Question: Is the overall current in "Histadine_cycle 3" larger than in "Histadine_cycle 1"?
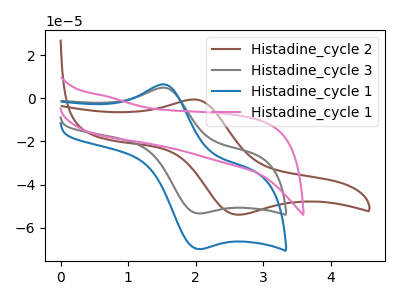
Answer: <think>The brown curve "Histadine_cycle 2" has an anodic peak at (2.00V, -0.50uA) and a cathodic peak at (2.60V, -54.00uA). The gray curve "Histadine_cycle 3" has an anodic peak at (1.50V, 5.00uA) and a cathodic peak at (2.05V, -53.40uA). The blue curve "Histadine_cycle 1" has an anodic peak at (1.50V, 6.55uA) and a cathodic peak at (2.05V, -69.95uA). The pink curve "Histadine_cycle 1" has no peaks.
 All the peaks in "Histadine_cycle 3" have a peak in "Histadine_cycle 1" at the same potential. Every peak in "Histadine_cycle 3" is lower than every peak in "Histadine_cycle 1".</think>
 <answer>"Histadine_cycle 3" has less signal than "Histadine_cycle 1".</answer>
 <eval>less_signal</eval>